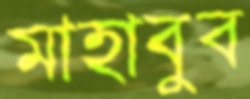
মাহাবুব